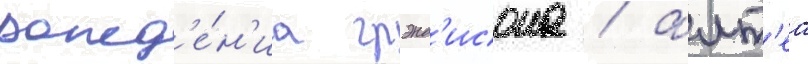
рожд'е́н'иа грэнд'исона / алт'еа